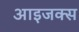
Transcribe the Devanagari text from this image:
आइजक्स